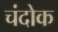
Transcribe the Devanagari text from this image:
चंदोक